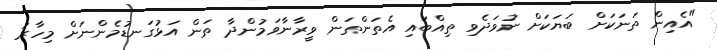
"އެއިން ތަނަކަށް ބަޔަކަށް ނުވަދެވި ތިއްބައި އެތަންތަން ވީރާނާވަމުންދާ ތަން އަޅުގަނޑުމެންނަށް މިހާރު